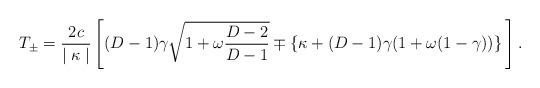
LaTeX: \begin{align*}T_{\pm} = \frac{2c}{\mid \kappa \mid} \left[ (D-1)\gamma \sqrt{1+\omega \frac{D-2}{D-1}} \mp \{\kappa+(D-1) \gamma (1+\omega(1-\gamma))\} \frac{}{} \right].\end{align*}